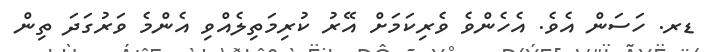
ޑރ. ހަސަން އެވެ. އެހެންވެ ވެރިކަމަށް އޭރު ކުރިމަތިލެއްވި އެންމެ ވަރުގަދަ ތިން